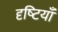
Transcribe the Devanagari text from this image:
दृष्‍टियाँ